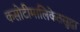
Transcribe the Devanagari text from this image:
कसोटीमालिकेतसुद्धा